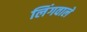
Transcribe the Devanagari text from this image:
लिंगवाले